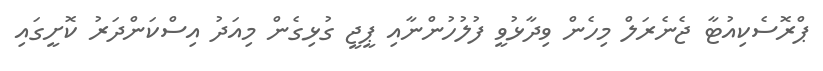
ޕްރޮސެކިއުޓާ ޖެނެރަލް މިހެން ވިދާޅުވީ ފުލުހުންނާއި ޕީޖީ ގުޅިގެން މިއަދު އިސްކަންދަރު ކޮށީގައި